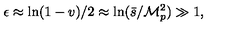
\epsilon \approx \ln ( 1 - v ) / 2 \approx \ln ( \bar { s } / { \cal M } _ { p } ^ { 2 } ) \gg 1 ,